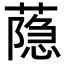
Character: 𦻕